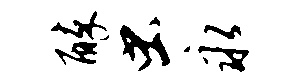
醉虫永